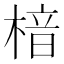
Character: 𪳀